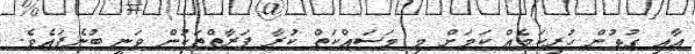
އާއި ގުޅުން ހުރިކަމެއް ކަމަށް މި މަސައްކަތް ކުރާ ފަރާތްތަކުން ވަނީ ބުނެފައެވެ.